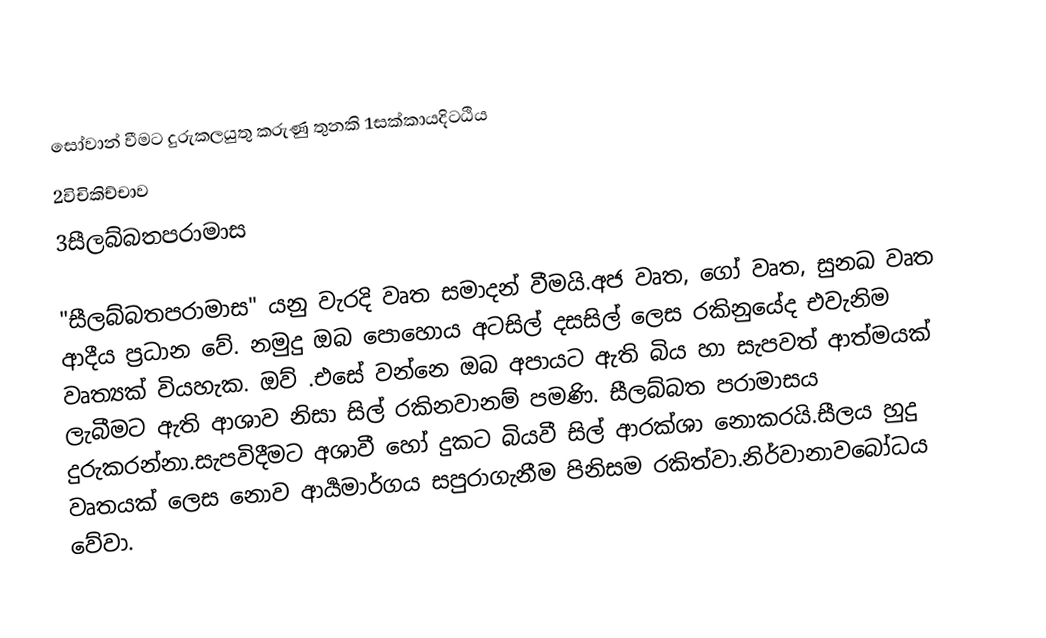
සෝවාන් වීමට දුරුකලයුතු කරුණු තුනකි 1සක්කායදිටඨිය
2විචිකිච්චාව
3සීලබ්බතපරාමාස

"සීලබ්බතපරාමාස" යනු වැරදි වෘත  සමාදන් වීමයි.අජ වෘත, ගෝ වෘත,   සුනඛ වෘත ආදීය ප්‍රධාන වේ. නමුදු ඔබ පොහොය අටසිල් දසසිල් ලෙස රකිනුයේද එවැනිම වෘත්‍යක් වියහැක. ඔව් .එසේ වන්නෙ ඔබ අපායට ඇති බිය හා සැපවත් ආත්මයක් ලැබීමට ඇති ආශාව නිසා සිල් රකිනවානම් පමණි. සීලබ්බත පරාමාසය දුරුකරන්නා.සැපවිදීමට අශාවී හෝ දුකට බියවී සිල් ආරක්ශා නොකරයි.සීලය හුදු වෘතයක් ලෙස නොව ආර්‍යමාර්ගය සපුරාගැනීම පිනිසම රකිත්වා.නිර්වානාවබෝධය වේවා.